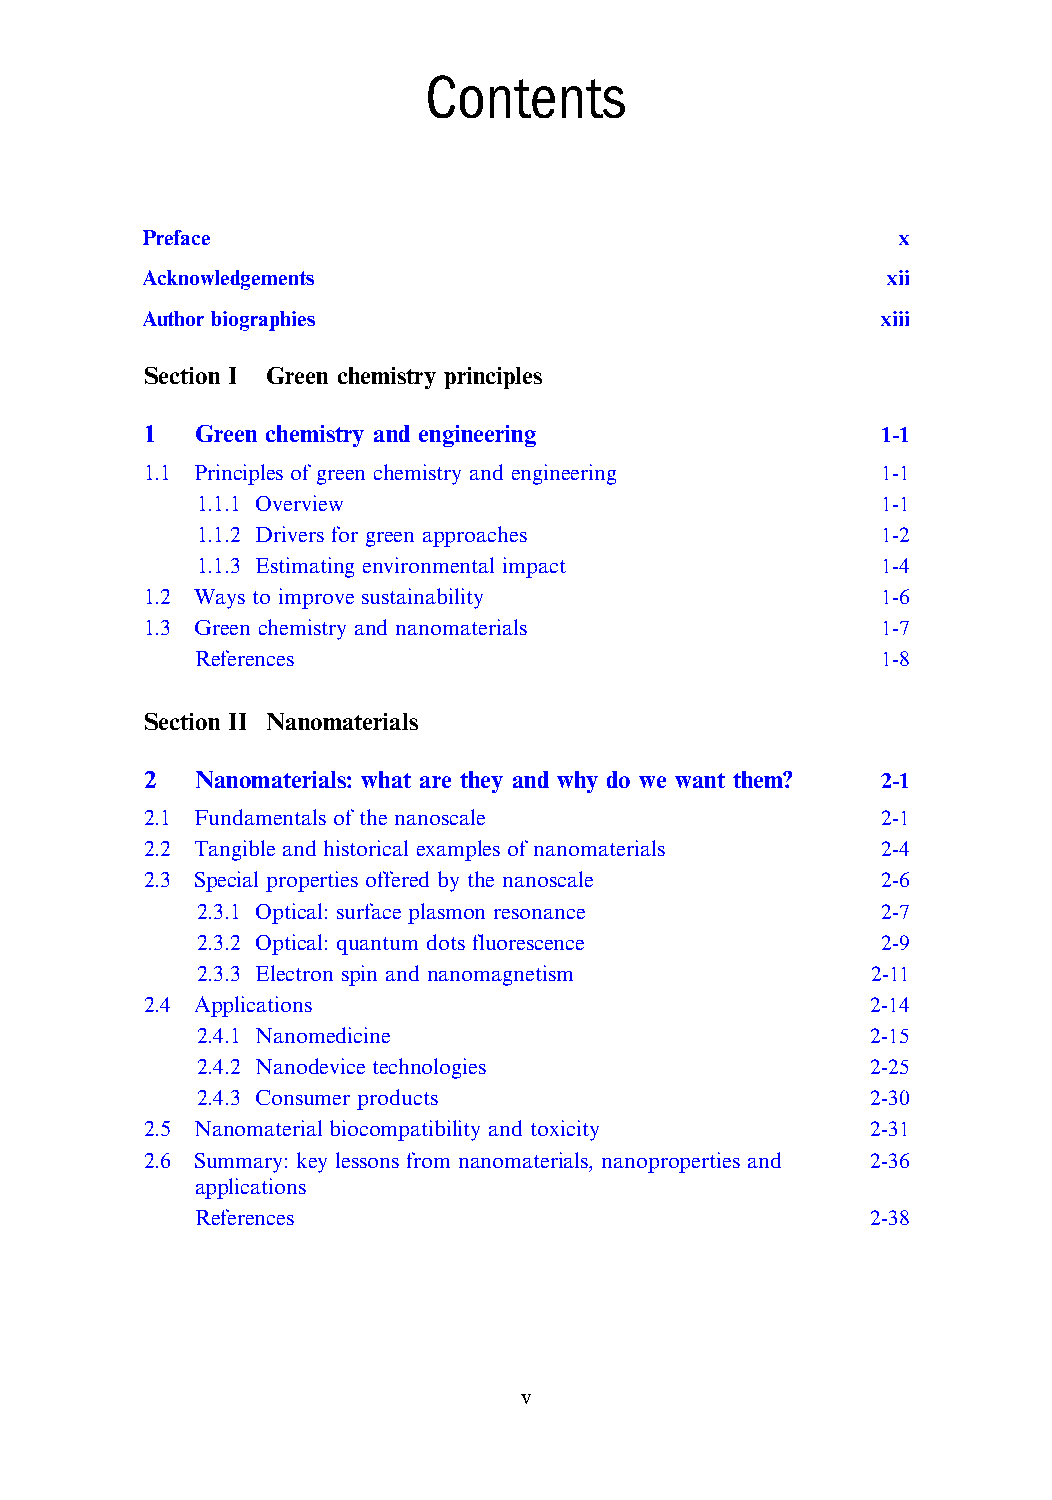
Contents
 Preface                                           x
 Acknowledgements                                  xii
 Author biographies                               xiii
 Section I Green chemistry principles
 1  Green chemistry and engineering              1-1
 1.1 Principles of green chemistry and engineering 1-1
 1.1.1 Overview                               1-1
 1.1.2 Drivers for green approaches           1-2
 1.1.3 Estimating environmental impact        1-4
 1.2 Ways to improve sustainability              1-6
 1.3 Green chemistry and nanomaterials           1-7
 References                                   1-8
 Section II Nanomaterials
 2  Nanomaterials: what are they and why do we want them? 2-1
 2.1 Fundamentals of the nanoscale               2-1
 2.2 Tangible and historical examples of nanomaterials 2-4
 2.3 Special properties offered by the nanoscale 2-6
 2.3.1 Optical: surface plasmon resonance     2-7
 2.3.2 Optical: quantum dots fluorescence     2-9
 2.3.3 Electron spin and nanomagnetism        2-11
 2.4 Applications                                2-14
 2.4.1 Nanomedicine                           2-15
 2.4.2 Nanodevice technologies                2-25
 2.4.3 Consumer products                      2-30
 2.5 Nanomaterial biocompatibility and toxicity  2-31
 2.6 Summary: key lessons from nanomaterials, nanoproperties and 2-36
 applications
 References                                   2-38
 v